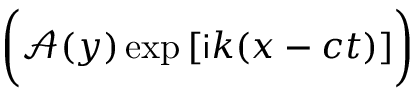
\biggl ( \mathcal { A } ( y ) \exp { [ \mathsf { i } k ( x - c t ) ] } \biggr )